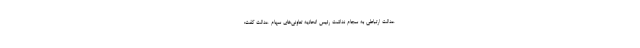
عدالت ارتباطی به سجام نداشت رئیس اتحادیه تعاونی‌های سهام عدالت گفت: